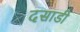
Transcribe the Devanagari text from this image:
दसाडी